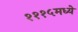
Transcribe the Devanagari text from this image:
१११५मध्ये